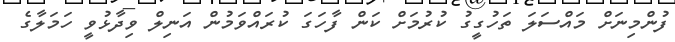
ފުންމިނަށް މައްސަލަ ތަހުގީގު ކުރުމަށް ކަން ފާހަގަ ކުރައްވަމުން އަނިލް ވިދާޅުވީ ހަމަލާގެ